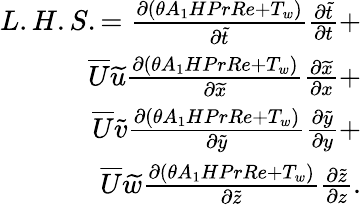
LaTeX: \begin{array}{r}{L.H.S.={\frac{\partial(\theta A_{1}HPrRe+T_{w})}{\partial\widetilde{t}}}{\frac{\partial\widetilde{t}}{\partial t}}+}\\ {\overline{{U}}\widetilde{u}{\frac{\partial(\theta A_{1}HPrRe+T_{w})}{\partial\widetilde{x}}}{\frac{\partial\widetilde{x}}{\partial x}}+}\\ {\overline{{U}}\widetilde{v}{\frac{\partial(\theta A_{1}HPrRe+T_{w})}{\partial\widetilde{y}}}{\frac{\partial\widetilde{y}}{\partial y}}+}\\ {\overline{{U}}\widetilde{w}{\frac{\partial(\theta A_{1}HPrRe+T_{w})}{\partial\widetilde{z}}}{\frac{\partial\widetilde{z}}{\partial z}}.}\end{array}